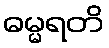
ဓမ္မရတိ